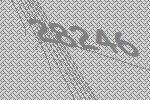
28246